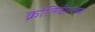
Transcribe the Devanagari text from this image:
क्रांतिवीरांच्या